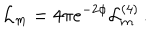
LaTeX: \mathcal { L } _ { m } = 4 \pi e ^ { - 2 \phi } \mathcal { L } _ { m } ^ { ( 4 ) } \, .